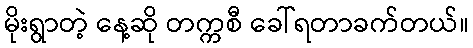
မိုးရွာတဲ့ နေ့ဆို တက္ကစီ ခေါ်ရတာခက်တယ်။